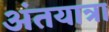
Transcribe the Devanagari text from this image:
अंतयात्रा